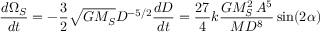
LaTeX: { \frac { d \Omega _ { S } } { d t } } = - { \frac { 3 } { 2 } } { \sqrt { G M _ { S } } } D ^ { - 5 / 2 } { \frac { d D } { d t } } = { \frac { 2 7 } { 4 } } k { \frac { G M _ { S } ^ { 2 } \, A ^ { 5 } } { M D ^ { 8 } } } \sin ( 2 \alpha )